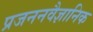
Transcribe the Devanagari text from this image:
प्रजननवैज्ञानिक